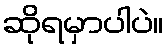
ဆိုရမှာပါပဲ။